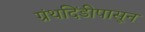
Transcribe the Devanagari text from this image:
ग्रंथदिंडीपासून